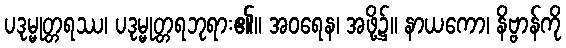
ပဒုမ္မုတ္တရဿ၊ ပဒုမ္မုတ္တရဘုရား၏။ အဝရေန၊ အဖို့၌။ နာယကော၊ နိဗ္ဗာန်ကို